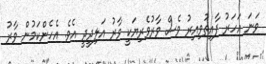
ވަނަ އަހަރު ފާއިތުވިއިރު ވެސް ވާރުވެރިޔަކީ ވާރު އަލިދީދީ އެވެ. އެހެންކަމުން ވާރު